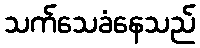
သက်သေခံနေသည်